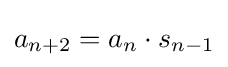
a_{n+2}=a_{n}\cdot s_{n-1}